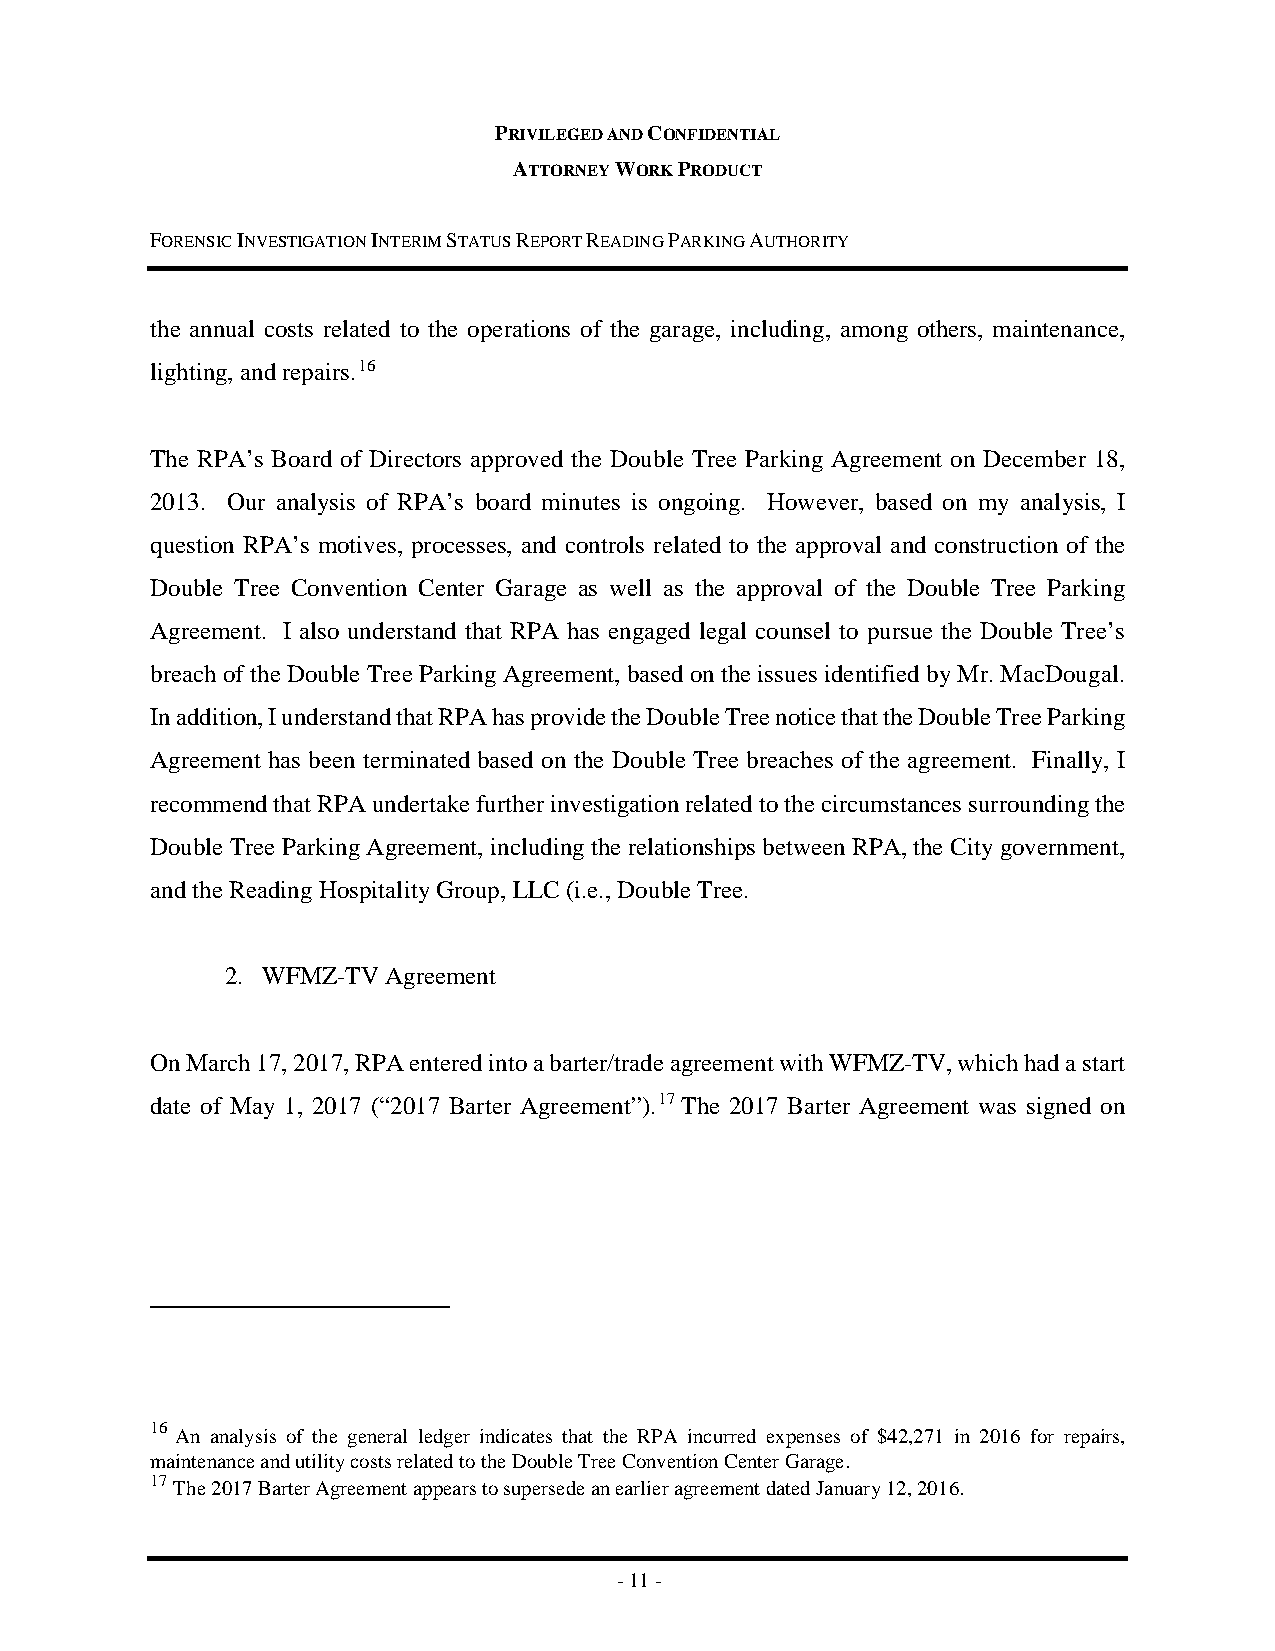
PRIVILEGED AND CONFIDENTIAL
 ATTORNEY WORK PRODUCT
 FORENSIC INVESTIGATION INTERIM STATUS REPORT READING PARKING AUTHORITY
 the annual costs related to the operations of the garage, including, among others, maintenance,
 lighting, and repairs.16
 The RPA’s Board of Directors approved the Double Tree Parking Agreement on December 18,
 2013. Our analysis of RPA’s board minutes is ongoing. However, based on my analysis, I
 question RPA’s motives, processes, and controls related to the approval and construction of the
 Double Tree Convention Center Garage as well as the approval of the Double Tree Parking
 Agreement. I also understand that RPA has engaged legal counsel to pursue the Double Tree’s
 breach of the Double Tree Parking Agreement, based on the issues identified by Mr. MacDougal.
 In addition, I understand that RPA has provide the Double Tree notice that the Double Tree Parking
 Agreement has been terminated based on the Double Tree breaches of the agreement. Finally, I
 recommend that RPA undertake further investigation related to the circumstances surrounding the
 Double Tree Parking Agreement, including the relationships between RPA, the City government,
 and the Reading Hospitality Group, LLC (i.e., Double Tree.
 2. WFMZ-TV Agreement
 On March 17, 2017, RPA entered into a barter/trade agreement with WFMZ-TV, which had a start
 date of May 1, 2017 (“2017 Barter Agreement”).17 The 2017 Barter Agreement was signed on
 16
 An analysis of the general ledger indicates that the RPA incurred expenses of $42,271 in 2016 for repairs,
 maintenance and utility costs related to the Double Tree Convention Center Garage.
 17
 The 2017 Barter Agreement appears to supersede an earlier agreement dated January 12, 2016.
 - 11 -